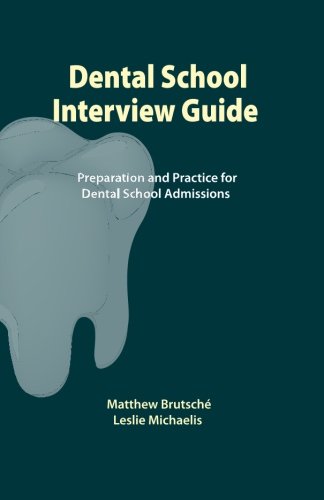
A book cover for Dental School Interview Guide: Preparation and practice for dental school admissions; Matthew Brutsche; Education & Teaching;